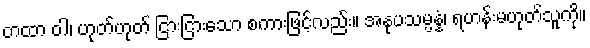
တထာ ဝါ၊ ဟုတ်ဟုတ် ငြားငြားသော စကားဖြင့်လည်း။ အနုပသမ္ပန္နံ၊ ရဟန်းမဟုတ်သူကို။